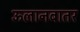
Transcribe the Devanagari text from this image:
ऊलानबातर